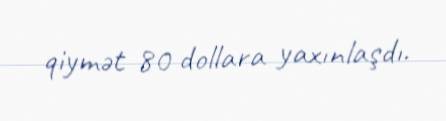
qiymət 80 dollara yaxınlaşdı.